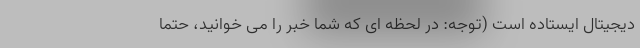
دیجیتال ایستاده است (توجه: در لحظه ای که شما خبر را می خوانید، حتما